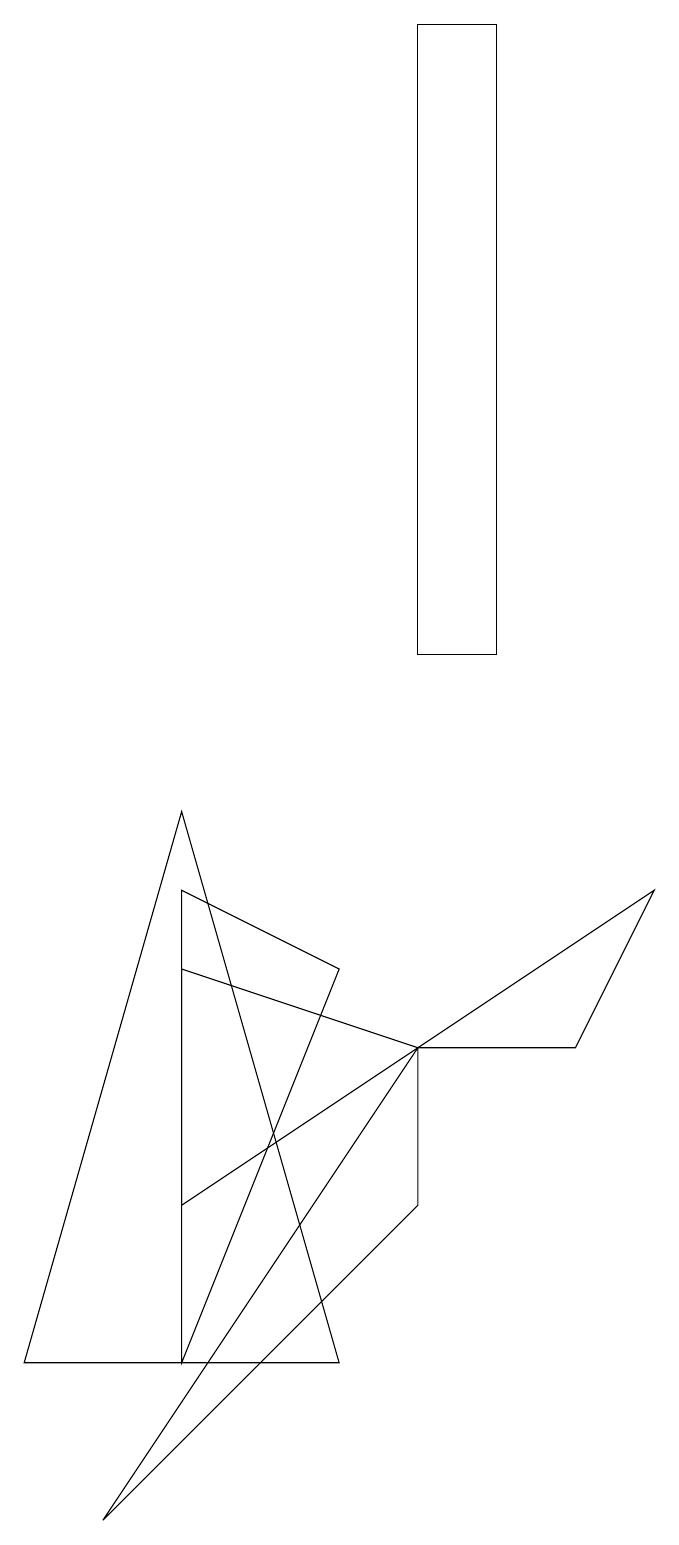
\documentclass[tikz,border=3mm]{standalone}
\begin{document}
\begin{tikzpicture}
\draw (5,6) -- (2,7) -- (2,4) -- cycle;
\draw (6,19) rectangle (5,11);
\draw (5,4) -- (5,6) -- (1,0) -- cycle;
\draw (5,6) -- (8,8) -- (7,6) -- cycle;
\draw (4,7) -- (2,8) -- (2,2) -- cycle;
\draw (0,2) -- (2,9) -- (4,2) -- cycle;
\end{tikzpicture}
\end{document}